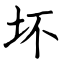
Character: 坏